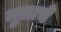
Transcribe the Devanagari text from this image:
मुत्राचे